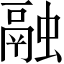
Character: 融